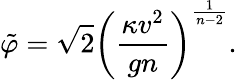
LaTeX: \tilde{\varphi}=\sqrt{2}\left(\frac{\kappa v^{2}}{gn}\right)^{\frac{1}{n-2}}.